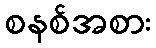
စနစ်အစား